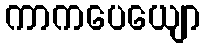
ကာကပေယျော